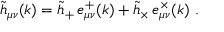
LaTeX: \tilde { h } _ { \mu \nu } ( k ) = \tilde { h } _ { + } \, e _ { \mu \nu } ^ { + } ( k ) + \tilde { h } _ { \times } \, e _ { \mu \nu } ^ { \times } ( k ) \ .